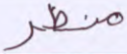
منظر